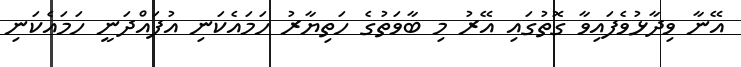
އޭނާ ވިދާޅުވެފައިވާ ގޮތުގައި އޭރު މި ބާވަތުގެ ހަތިޔާރު ހަމައެކަނި އުފައްދަނީ ހަމައެކަނި